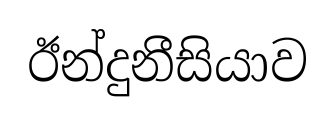
ඊන්දුනීසියාව